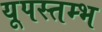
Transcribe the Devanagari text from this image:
यूपस्तम्भ